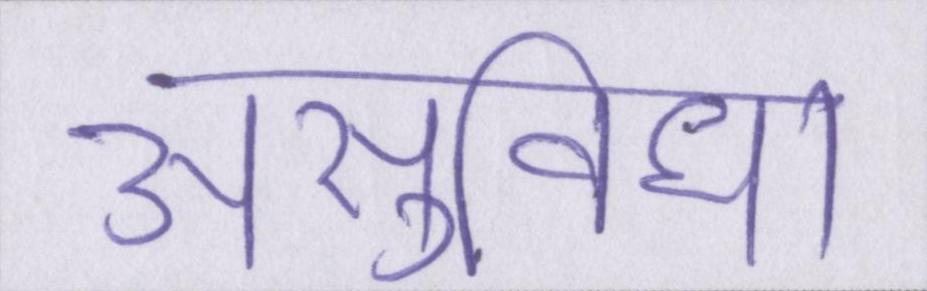
असुविधा